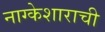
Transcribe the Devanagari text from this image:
नाग्केशाराची